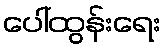
ပေါ်ထွန်းရေး